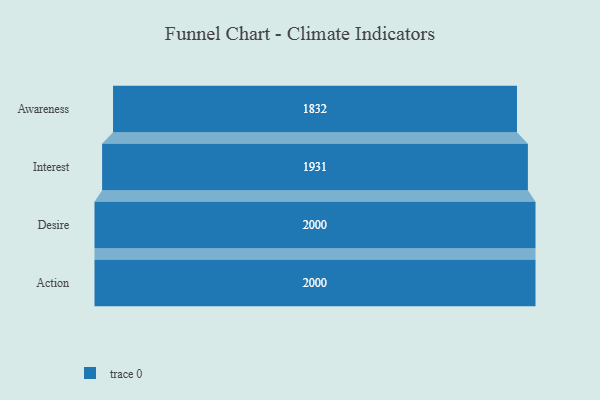
{"axis": {"x": "Stage", "y": "Value"}, "legend": [""], "data": [{"x": "Awareness", "y": 1832.0, "type": ""}, {"x": "Interest", "y": 1931.0, "type": ""}, {"x": "Desire", "y": 2000, "type": ""}, {"x": "Action", "y": 2000, "type": ""}]}